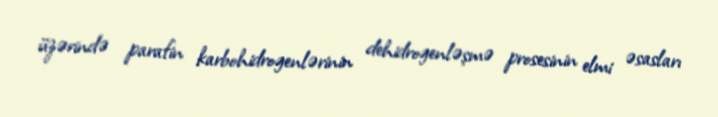
üzərində parafin karbohidrogenlərinin dehidrogenləşmə prosesinin elmi əsasları